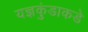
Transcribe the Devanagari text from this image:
यज्ञकुंडाकडे